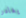
يغادر